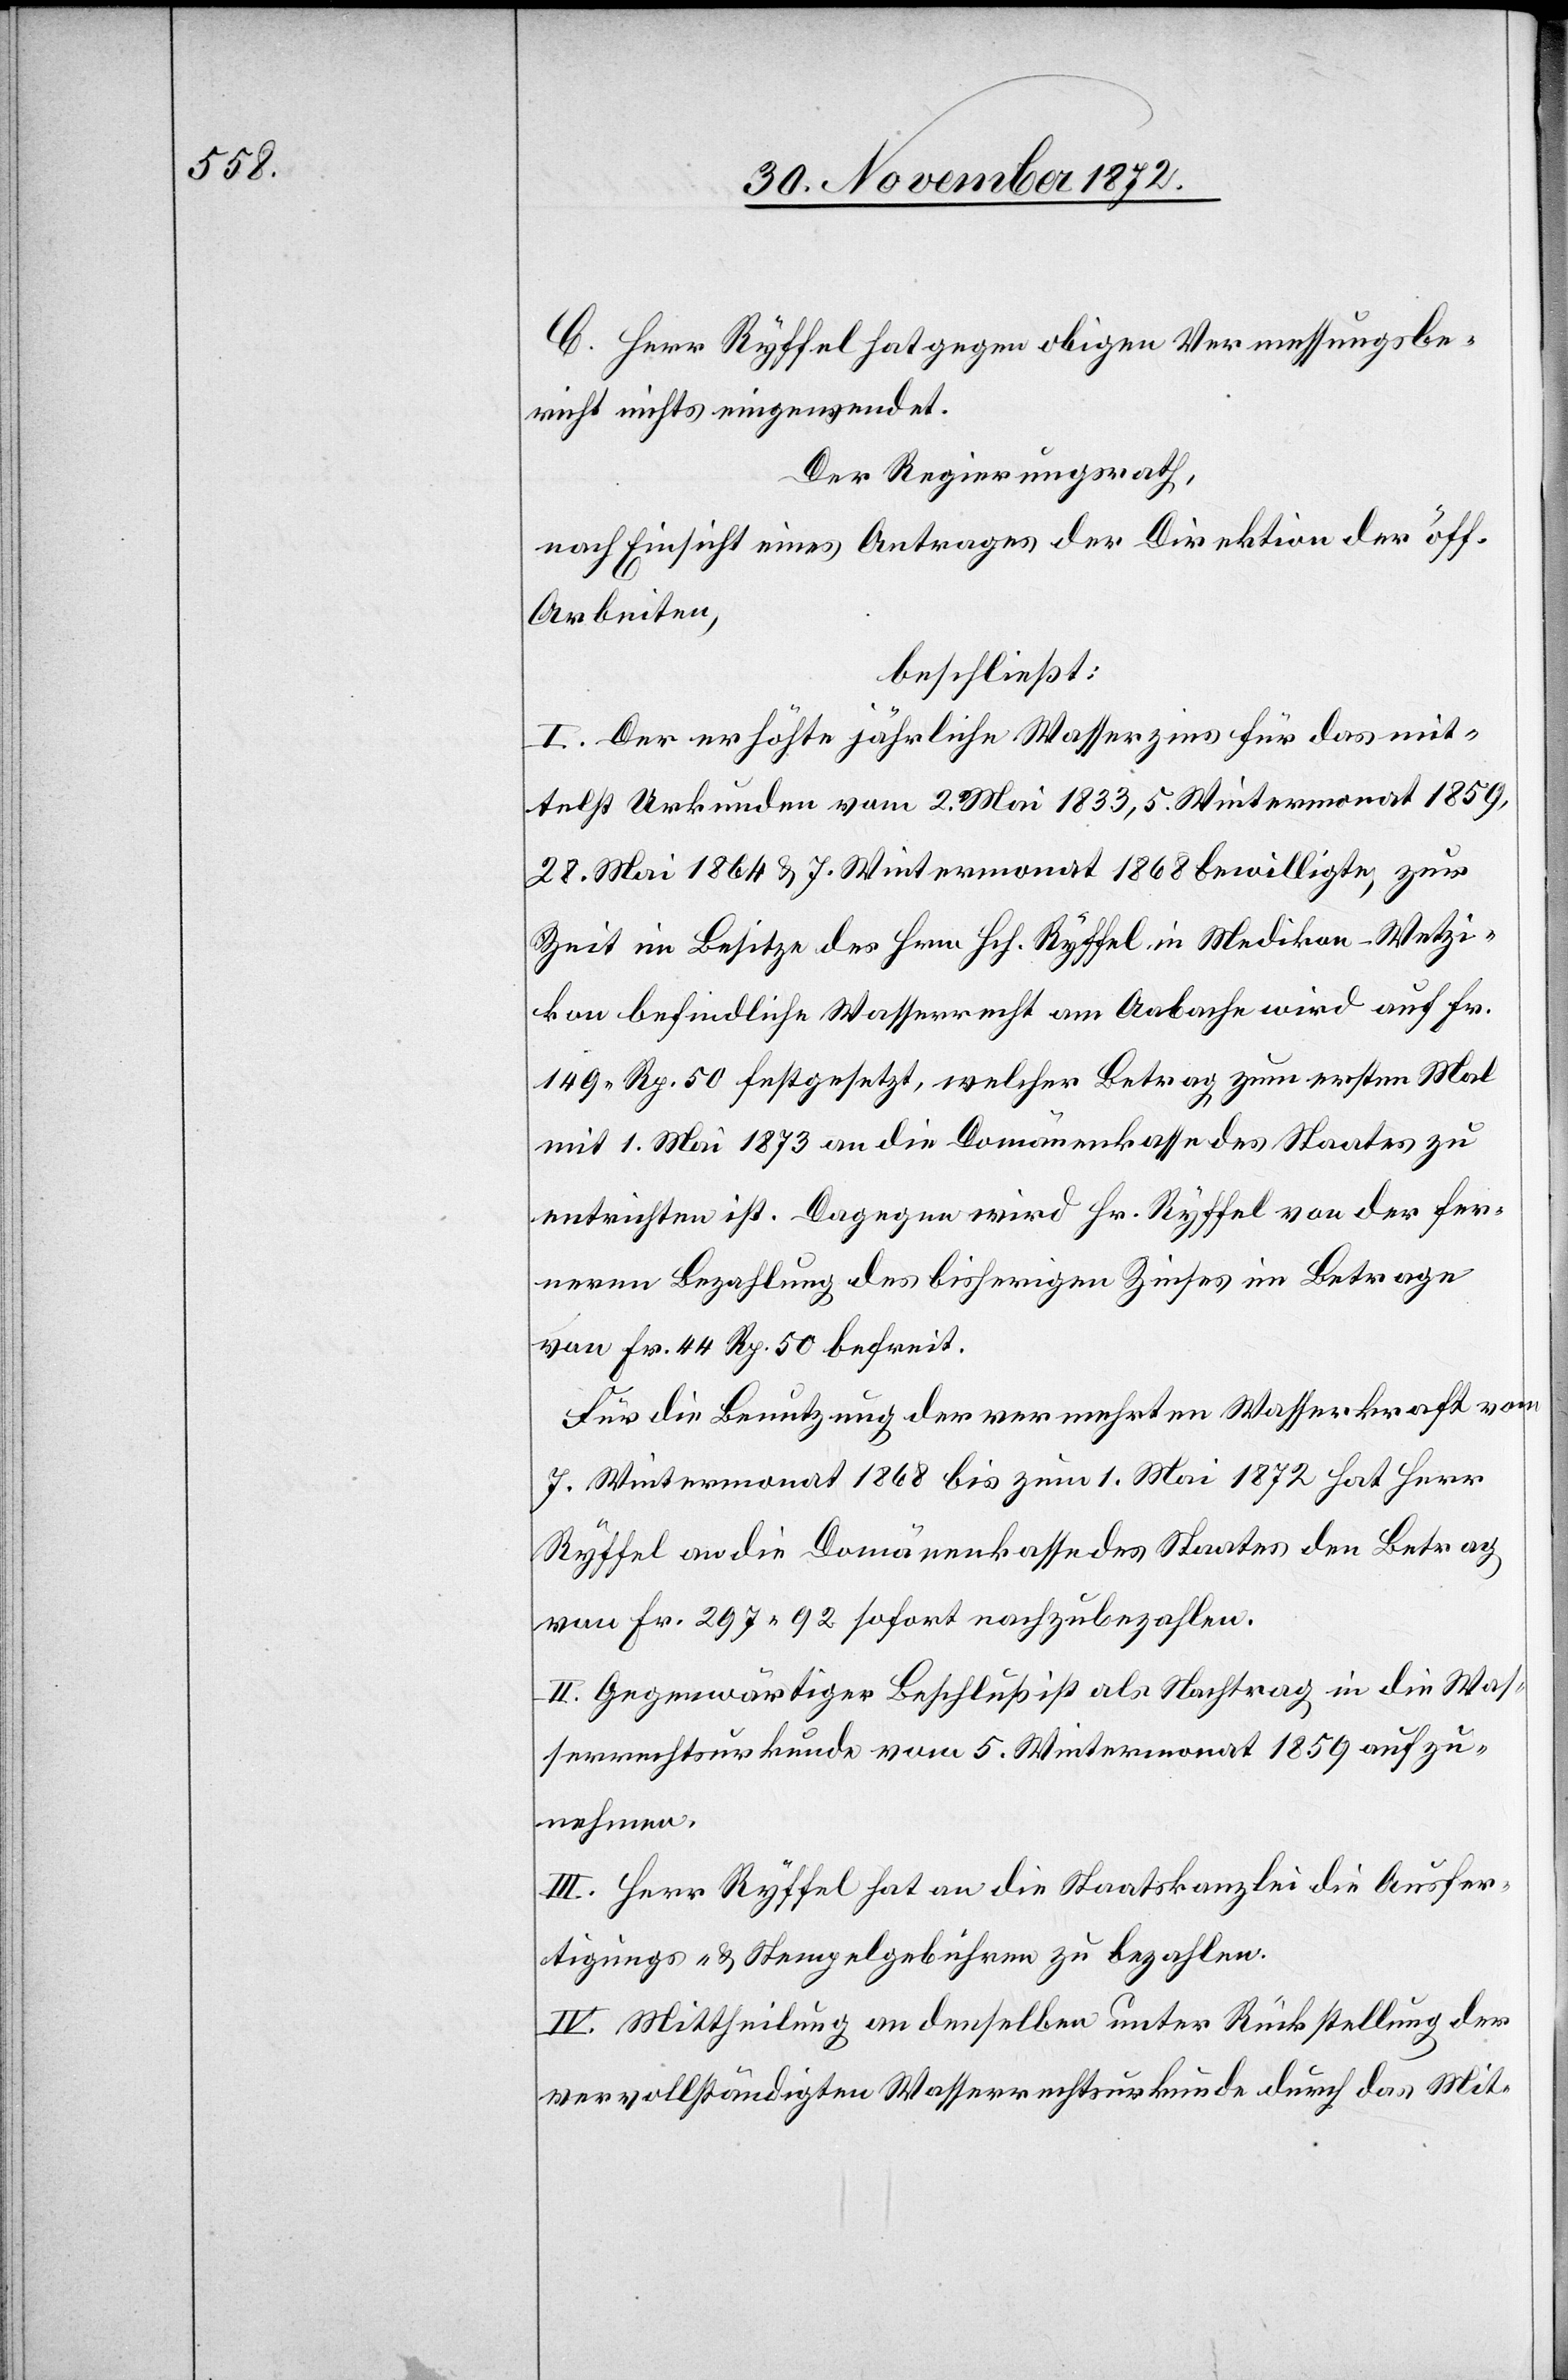
C. Herr Ryffel hat gegen obigen Vermessungsbe¬
richt nichts eingewendet.
Der Regierungsrath,
nach Einsicht eines Antrages der Direktion der öff.
Arbeiten,
beschließt:
I. Der erhöhte jährliche Wasserzins für das mit¬
telst Urkunden vom 2. Mai 1833, 5. Wintermonat 1859,
28. Mai 1864 u. 7. Wintermonat 1868 bewilligte, zur
Zeit im Besitze des Hrn. Ryffel in Medikon-Wetzi¬
kon befindliche Wasserrecht am Aabache wird auf Fr.
149 Rp. 50 festgesetzt, welcher Betrag zum ersten Mal
mit 1. Mai 1873 an die Domänenkasse des Staates zu
entrichten ist. Dagegen wird Hr. Ryffel von der fer¬
neren Bezahlung des bisherigen Zinses im Betrage
von Fr. 44 Rp. 50 befreit.
Für die Benutzung der vermehrten Wasserkraft vom
7. Wintermonat 1868 bis zum 1. Mai 1872 hat Herr
Ryffel an die Domänenkasse des Staates den Betrag
von Fr. 297 92 sofort nachzubezahlen.
II. Gegenwärtiger Beschluß ist als Nachtrag in die Was¬
serrechtsurkunde vom 5. Wintermonat 1859 aufzu¬
nehmen.
III. Herr Ryffel hat an die Staatskanzlei die Ausfer¬
tigungs- u. Stempelgebühren zu bezahlen.
IV. Mittheilung an denselben unter Rückstellung der
vervollständigten Wasserrechtsurkunde durch das Mit-